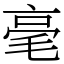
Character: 毫